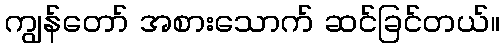
ကျွန်တော် အစားသောက် ဆင်ခြင်တယ်။